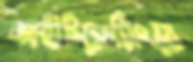
আউটসোর্সিংয়ে